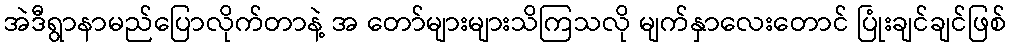
အဲဒီရွာနာမည်ပြောလိုက်တာနဲ့ အ တော်များများသိကြသလို မျက်နှာလေးတောင် ပြုံးချင်ချင်ဖြစ်